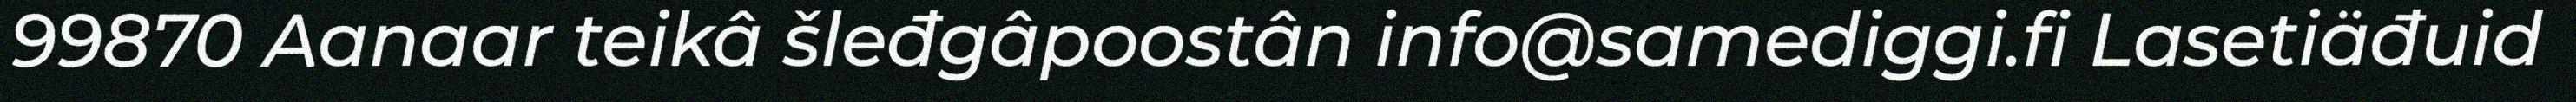
99870 Aanaar teikâ šleđgâpoostân info@samediggi.fi Lasetiäđuid